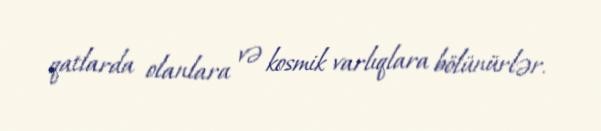
qatlarda olanlara və kosmik varlıqlara bölünürlər.